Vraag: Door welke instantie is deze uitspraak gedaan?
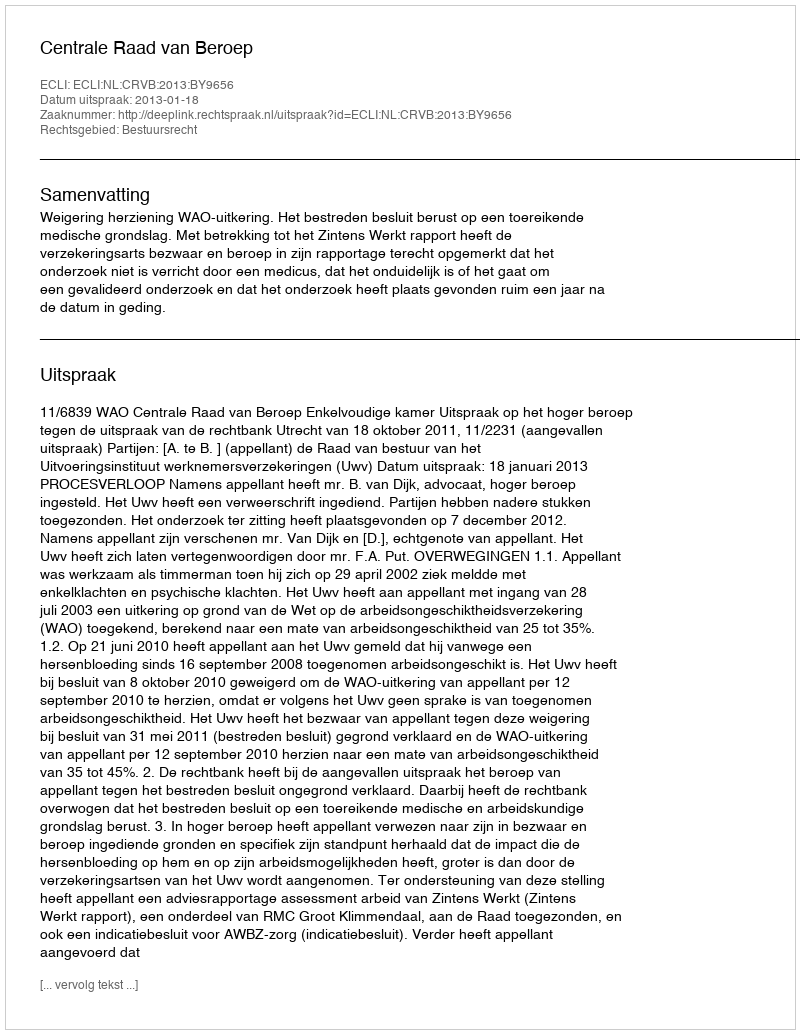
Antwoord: Centrale Raad van Beroep